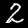
Label: 2